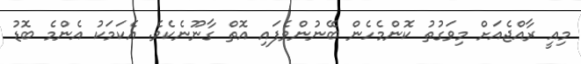
މިއީ ރާއްޖެއަށް މިވަގުތު ކޮންމެހެން ބޭނުންވެފައި އޮތް ގާނޫނެކެވެ. އެކަމަކު އެންމެ ބޮޑު